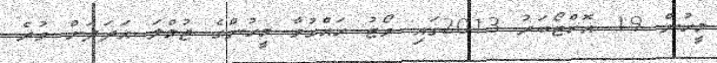
މީހުން 19 އޮކްޓޯބަރު 2013ގައި ވޯޓު ހައްގުވާ މީހުންގެ ޖުމްލަ އަދަދަށް ވުރެ